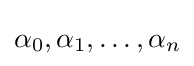
\alpha _{0},\alpha _{1},\ldots ,\alpha _{n}